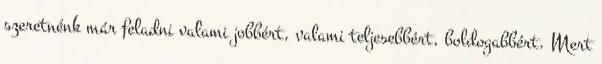
szeretnénk már feladni valami jobbért, valami teljesebbért, boldogabbért. Mert